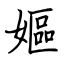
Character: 嫗